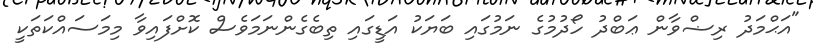
"އަޙްމަދު ރިޟްވާން ޢަބްދު ހޯދުމުގެ ނަމުގައި ބަޔަކު އަޑީގައި ތިބެގެންނަމަވެސް ކޮށްފައިވާ މިމަސައްކަތަކީ